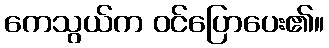
ကေသွယ်က ဝင်ပြောပေး၏။